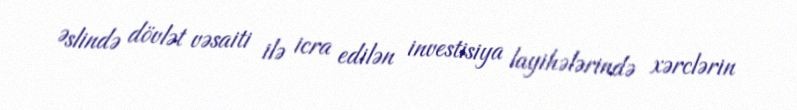
Əslində dövlət vəsaiti ilə icra edilən investisiya layihələrində xərclərin